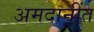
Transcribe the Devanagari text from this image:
अमदानींत